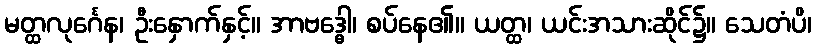
မတ္ထလုင်္ဂေန၊ ဦးနှောက်နှင့်။ အာဗဒ္ဓေါ၊ စပ်နေ၏။ ယတ္ထ၊ ယင်းအသားဆိုင်၌။ သေတံပိ၊